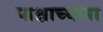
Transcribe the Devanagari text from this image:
पाश्चाच्यांना